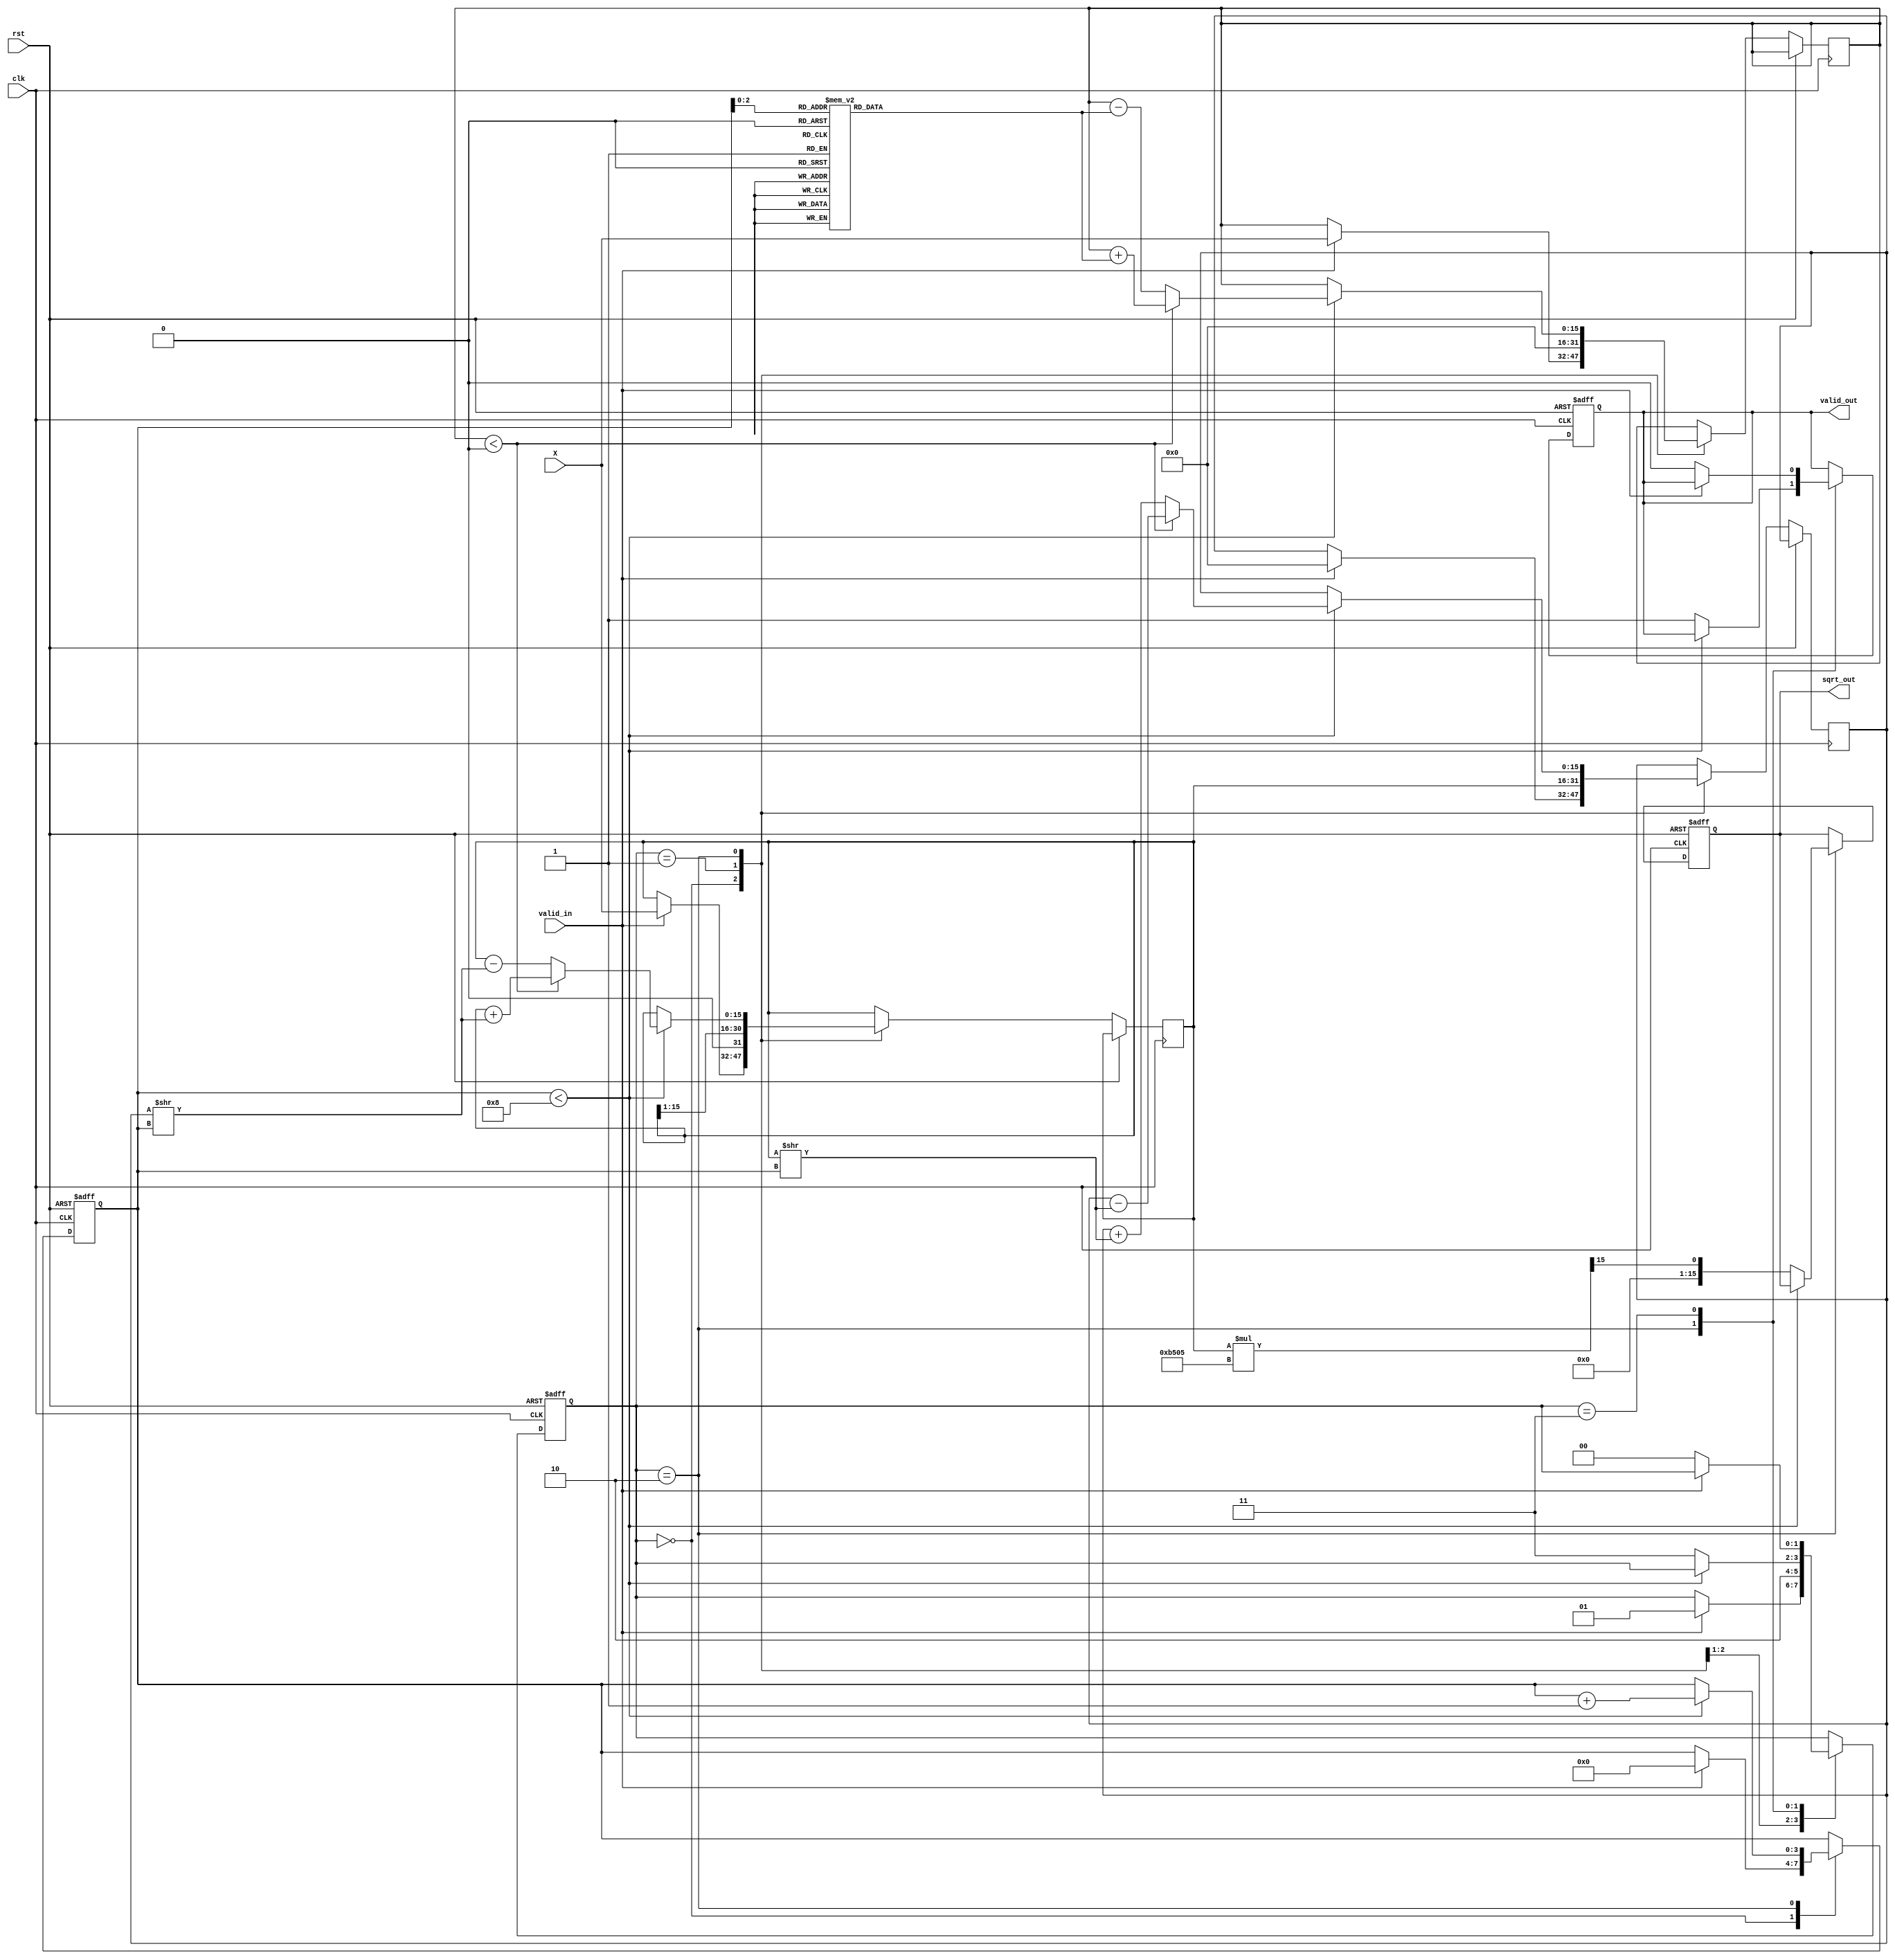
module cordic_sqrt #(
    parameter WIDTH = 16, // Bit-width for input and output
    parameter ITERATIONS = 8 // Number of CORDIC iterations
)(
    input wire clk,
    input wire rst,
    input wire valid_in,
    input wire [WIDTH-1:0] X, // Input value for which square root is calculated
    output reg valid_out,
    output reg [WIDTH-1:0] sqrt_out
);

    // Internal signals
    reg [WIDTH-1:0] x_current;
    reg [WIDTH-1:0] y_current;
    reg [WIDTH-1:0] z_current;
    reg [3:0] iteration_count;
    reg [1:0] state;

    // State encoding
    localparam IDLE = 2'b00;
    localparam INIT = 2'b01;
    localparam ITERATE = 2'b10;
    localparam DONE = 2'b11;

    // CORDIC gain for square root calculation
    localparam CORDIC_GAIN = 16'hB505; // Approximation of 1/sqrt(2)

    // Angle lookup table for CORDIC
    reg [WIDTH-1:0] angle_table [0:ITERATIONS-1];
    initial begin
        angle_table[0] = 16'h0000; // atan(1) = 0
        angle_table[1] = 16'h26DB; // atan(0.5)
        angle_table[2] = 16'h1C71; // atan(0.25)
        angle_table[3] = 16'h14AE; // atan(0.125)
        angle_table[4] = 16'h0A3D; // atan(0.0625)
        angle_table[5] = 16'h0519; // atan(0.03125)
        angle_table[6] = 16'h028B; // atan(0.015625)
        angle_table[7] = 16'h0145; // atan(0.0078125)
    end

    // State machine for CORDIC square root calculation
    always @(posedge clk or posedge rst) begin
        if (rst) begin
            state <= IDLE;
            valid_out <= 0;
            sqrt_out <= 0;
            iteration_count <= 0;
        end else begin
            case (state)
                IDLE: begin
                    if (valid_in) begin
                        x_current <= X;
                        y_current <= 0; // Initial y = 0
                        z_current <= X; // Initial z = X
                        iteration_count <= 0;
                        state <= INIT;
                    end
                end
                INIT: begin
                    // Initial approximation
                    x_current <= x_current >> 1; // x = X / 2
                    y_current <= x_current; // y = x_current
                    z_current <= 0; // z = 0
                    state <= ITERATE;
                end
                ITERATE: begin
                    if (iteration_count < ITERATIONS) begin
                        if (z_current < 0) begin
                            // Apply rotation
                            x_current <= x_current + (y_current >> iteration_count);
                            y_current <= y_current - (x_current >> iteration_count);
                            z_current <= z_current + angle_table[iteration_count];
                        end else begin
                            // Apply rotation
                            x_current <= x_current - (y_current >> iteration_count);
                            y_current <= y_current + (x_current >> iteration_count);
                            z_current <= z_current - angle_table[iteration_count];
                        end
                        iteration_count <= iteration_count + 1;
                    end else begin
                        // Apply scaling factor
                        sqrt_out <= (x_current * CORDIC_GAIN) >> (WIDTH - 1);
                        valid_out <= 1;
                        state <= DONE;
                    end
                end
                DONE: begin
                    // Wait for next valid input
                    if (!valid_in) begin
                        valid_out <= 0;
                        state <= IDLE;
                    end
                end
            endcase
        end
    end

endmodule